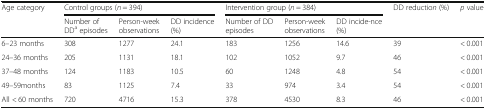
<table><thead><tr><td rowspan="2"><b>Age category</b></td><td colspan="3"><b>Control groups (<i>n</i> = 394)</b></td><td colspan="3"><b>Intervention group (<i>n</i> = 384)</b></td><td rowspan="2"><b>DD reductio<i>n</i> (%)</b></td><td rowspan="2"><b><i>p</i> value</b></td></tr><tr><td><b>Number of DD<sup>a</sup> episodes</b></td><td><b>Person-week observations</b></td><td><b>DD incidence (%)</b></td><td><b>Number of DD episodes</b></td><td><b>Person-week observations</b></td><td><b>DD incide-nce (%)</b></td></tr></thead><tbody><tr><td>6–23 months</td><td>308</td><td>1277</td><td>24.1</td><td>183</td><td>1256</td><td>14.6</td><td>39</td><td>&lt; 0.001</td></tr><tr><td>24–36 months</td><td>205</td><td>1131</td><td>18.1</td><td>102</td><td>1052</td><td>9.7</td><td>46</td><td>&lt; 0.001</td></tr><tr><td>37–48 months</td><td>124</td><td>1183</td><td>10.5</td><td>60</td><td>1248</td><td>4.8</td><td>54</td><td>&lt; 0.001</td></tr><tr><td>49–59months</td><td>83</td><td>1125</td><td>7.4</td><td>33</td><td>974</td><td>3.4</td><td>54</td><td>&lt; 0.001</td></tr><tr><td>All &lt; 60 months</td><td>720</td><td>4716</td><td>15.3</td><td>378</td><td>4530</td><td>8.3</td><td>46</td><td>&lt; 0.001</td></tr></tbody></table>